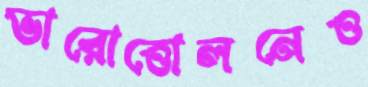
ভারোত্তোলনেও